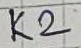
Text: K2